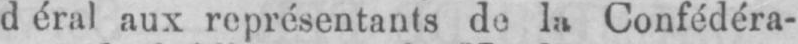
déralaux représentants de la Confédéra-